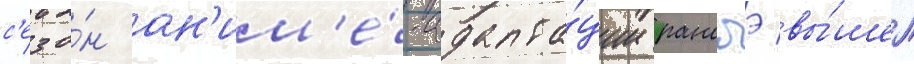
с'езо́н ан'им'е́-адапта́ции ранобэ вы́шел